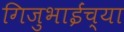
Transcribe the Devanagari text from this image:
गिजुभाईंच्या